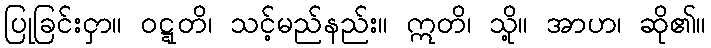
ပြုခြင်းငှာ။ ဝဋ္ဋတိ၊ သင့်မည်နည်း။ ဣတိ၊ သို့။ အာဟ၊ ဆို၏။